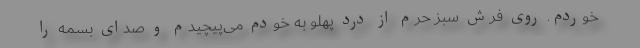
خوردم. روی فرش سبز حرم از درد پهلو به خودم می‌پیچیدم و صدای بسمه را